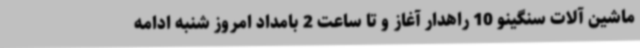
ماشین آلات سنگینو 10 راهدار آغاز و تا ساعت 2 بامداد امروز شنبه ادامه